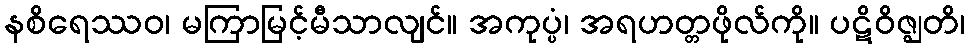
နစိရေဿဝ၊ မကြာမြင့်မီသာလျင်။ အကုပ္ပံ၊ အရဟတ္တဖိုလ်ကို။ ပဋိဝိဇ္ဈတိ၊